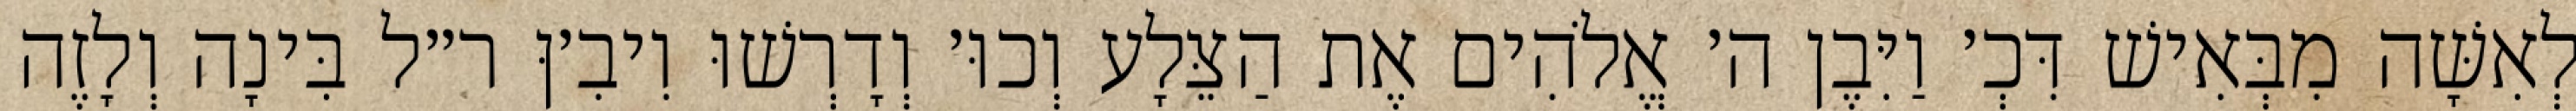
לְאִשָּׁה מִבְּאִישׁ דִּכְ׳ וַיִּבֶן ה׳ אֱלֹהִים אֶת הַצֵּלָע וְכוּ׳ וְדָרְשׁוּ וִיבִ׳ןּ ר״ל בִּינָה וְלָזֶה